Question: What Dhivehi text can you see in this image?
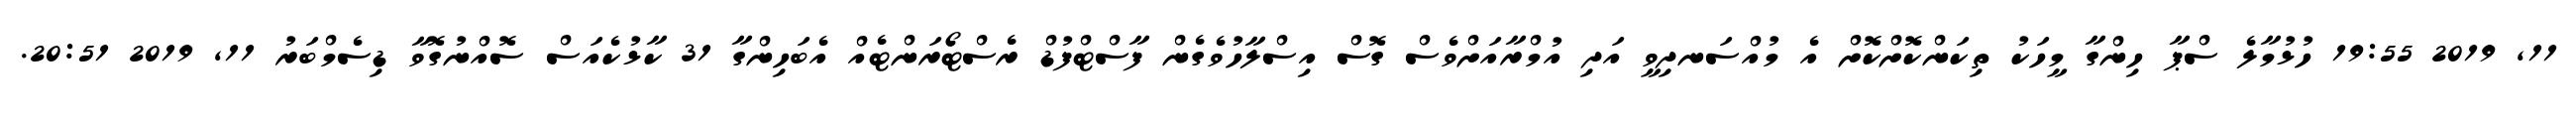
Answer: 11, 2019 19:55 ހުޅުމާލެ ސްޕާ ހިންގާ މީހަކު ތިކަންކޮށްކޮށް އެ މުއްސަނދިވީ އަދި އުމްރާއަށްވެސް ގޮސް އިސްލާހުވެގެން ފާސްޓްފުޑް ރެސްޓޯރަންޓެއް އެބަހިންގާ 31 ކާޅުކެއަސް ސޮއްނުގޮވާ ޑިސެމްބަރު 11, 2019 20:51.